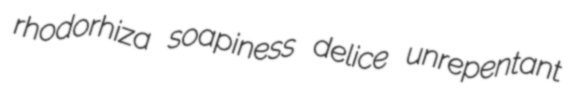
rhodorhiza soapiness delice unrepentant